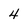
Character: 4